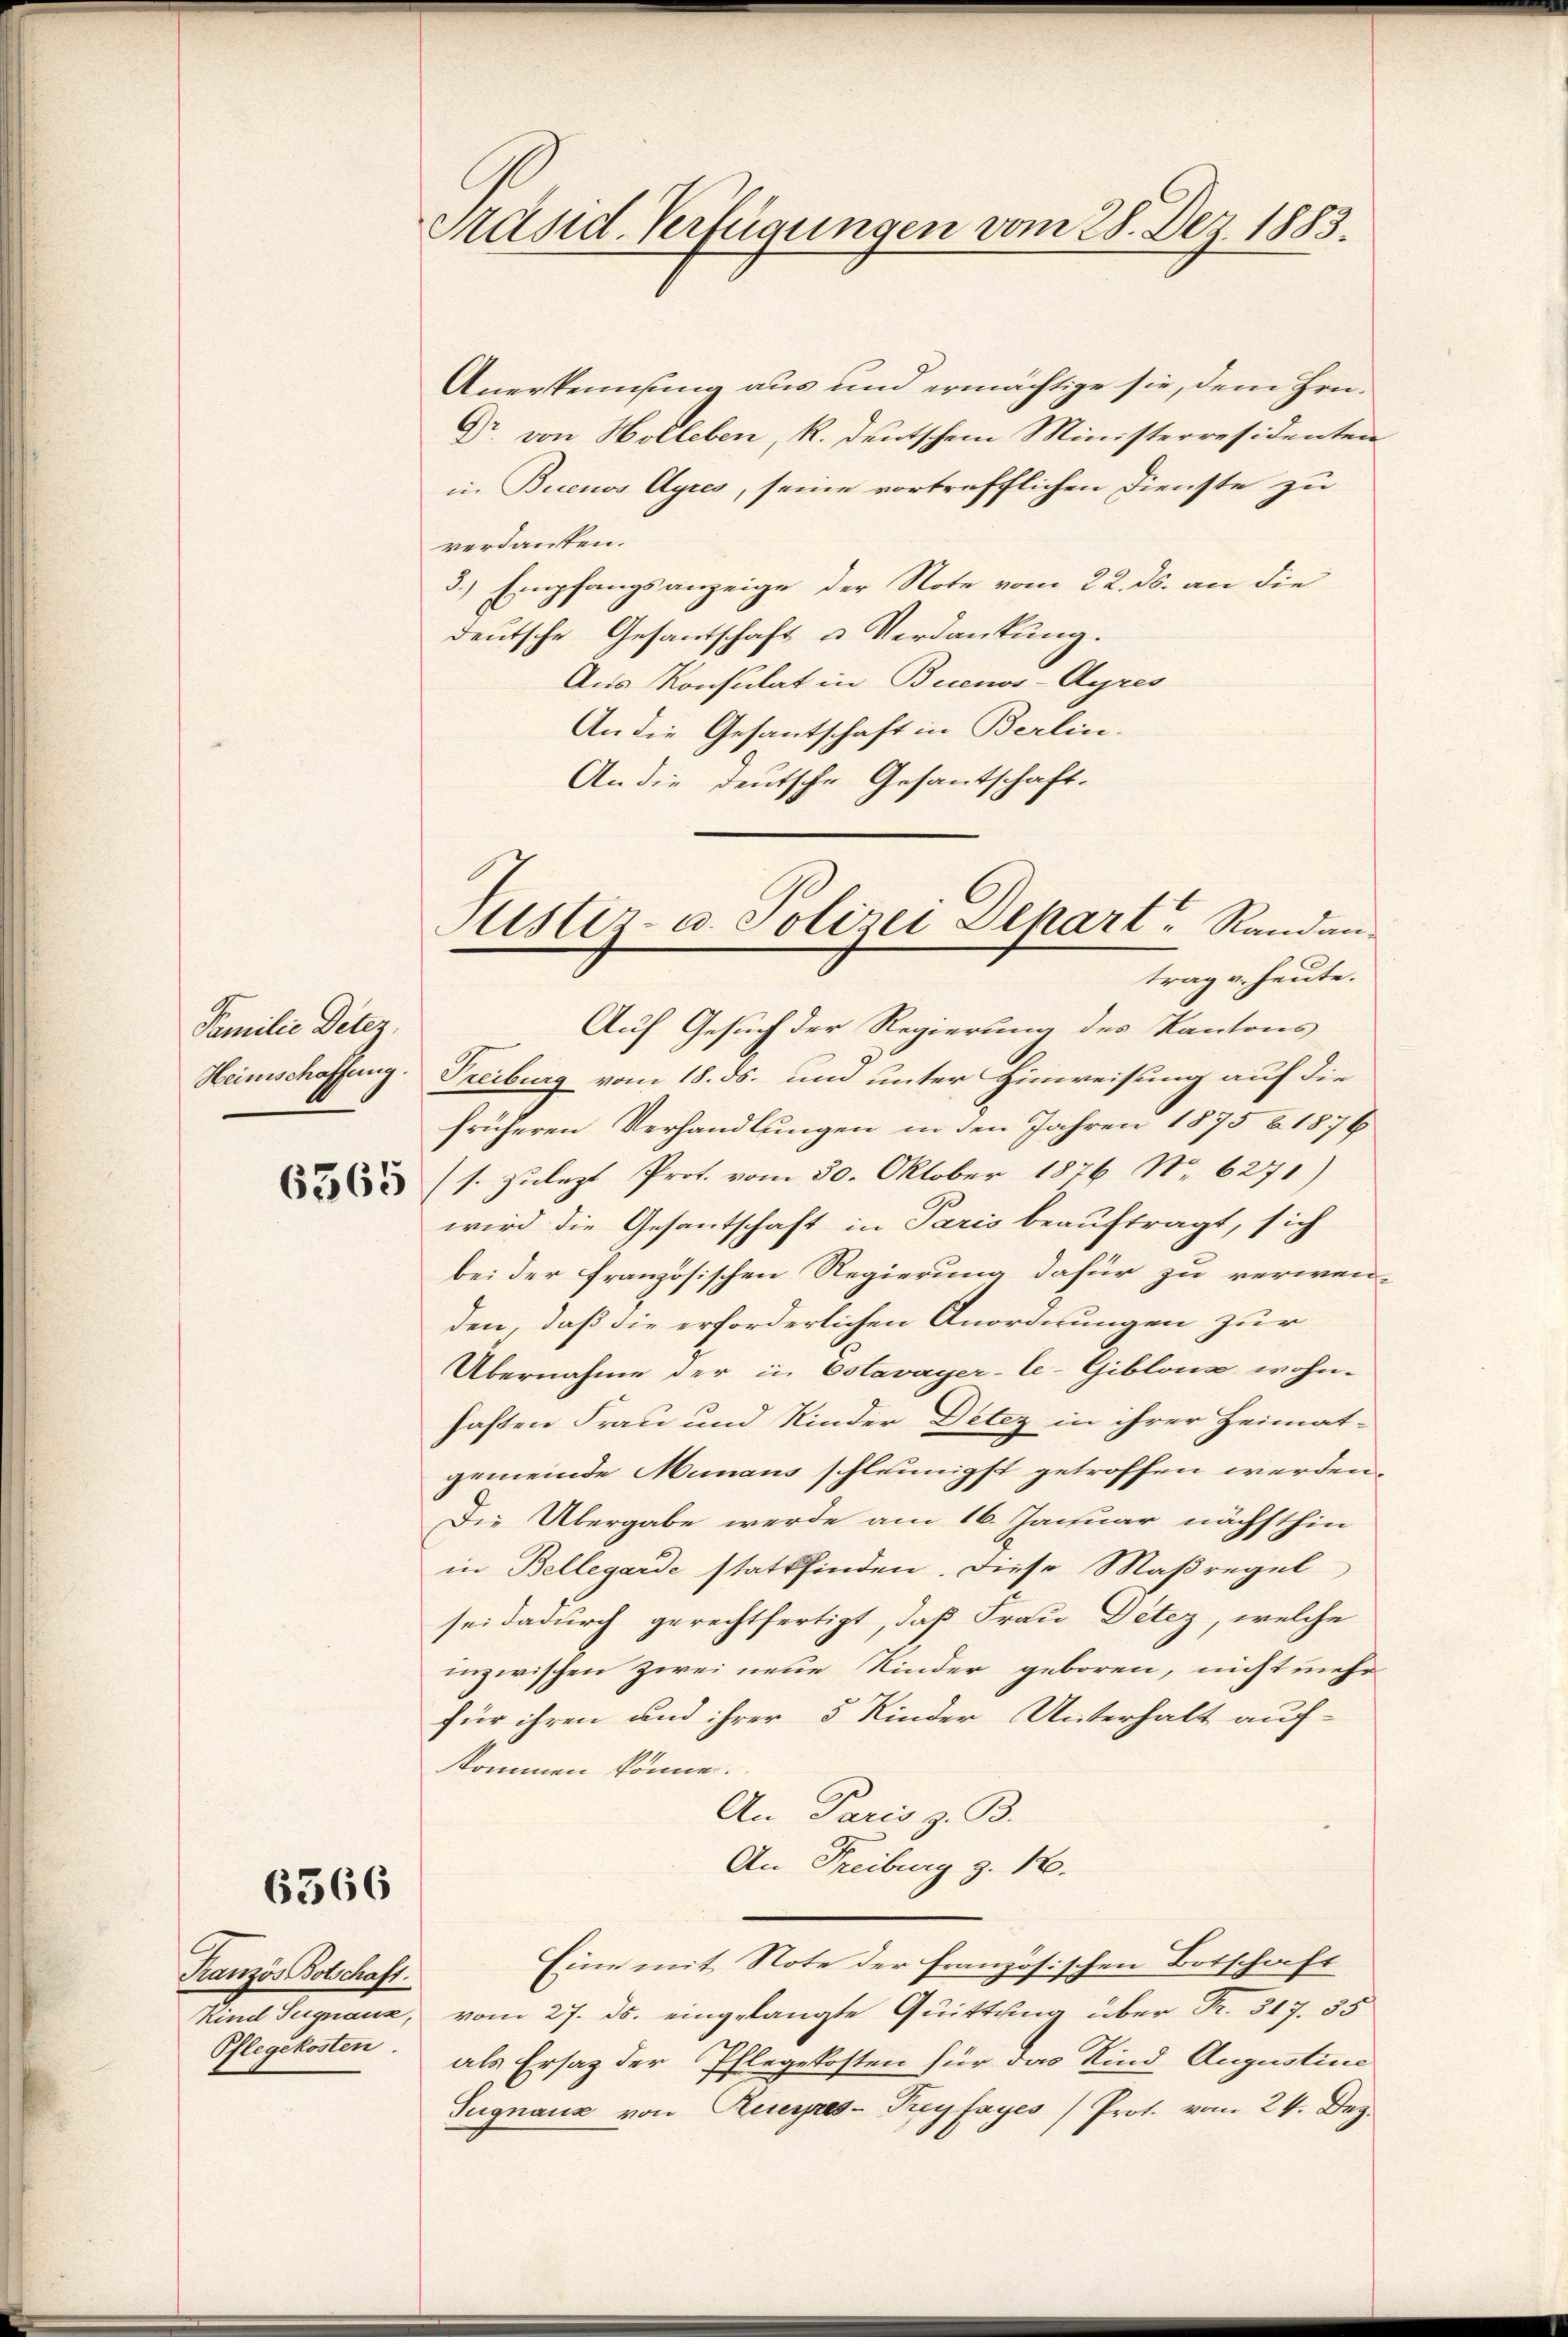
Familie Detez,

Anerkennsung aus und ermächtige sie, dem Hrn.
Dr. von Holleben, k. deutschem Ministerresidenten
in Buenos Ayres, seine vortrefflichen Dienste zu
verdankten.
3.) Empfangsanzeige der Note vom 22. ds. an die
deutsche Gesantschaft u. Verdankung.
Aus Konsulat in Buenos-Ayres
An die Gesantschaft in Berlin.
An die deutsche Gesantschaft.

6566

Französ Botschaft.
Pflegekosten.

Präsid. Verfügungen vom 28. Dez. 1883.

Justiz- u. Polizei Depart Randantrag u. heute.

Auf Gesuch der Regierung des Kantons
Heimschaffung. Treiburg vom 18. ds. und unter Hinweisung auf die
früheren Verhandlungen in den Jahren 1875 § 1876
3 (s. zulezt Prof. vom 30. Oktober 1876 No. 6271)
wird die Gesantschaft in Paris beauftragt, sich
bei der französischen Regierung dafür zu verwen-
den, daß die erforderlichen Anordnungen zur
Übernahme der in Ostavayer-Ce-Giblone wohn-
haften Frau und Kinder Detez in ihrer Heimat-
gemeinde Munaus schleunigst getroffen werden.
Die Übergabe werde am 16. Januar nächsthin
in Bellegarde stattfinden. Diese Maßregel
sei dadurch gerechtfertigt, daß Frau Detez, welche
inzwischen zwei neue Kinder geboren, nicht mehr
für ihren und ihrer 5 Kinder Unterhalt auf-
kommen könne.
An Paris z. B.
An Freiburg z. 10.
Eine mit Note der französischen Botschaft
Kind Signaux, vom 27. ds. eingelangte Quittung über Fr. 317. 55
als Ersatz der Pflegekosten für das Kind Augustine
Sugnauz von Rueyres-Treyfayes / Prot. vom 24. Dez.